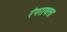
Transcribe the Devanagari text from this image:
रंगरावला